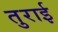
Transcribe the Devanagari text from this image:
तुराई